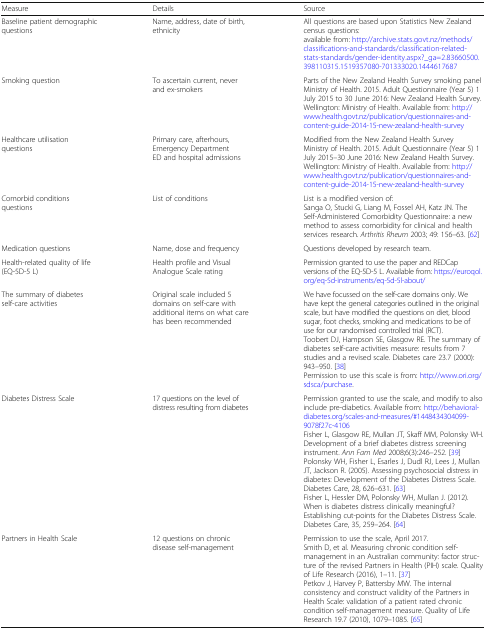
<table><thead><tr><td><b>Measure</b></td><td><b>Details</b></td><td><b>Source</b></td></tr></thead><tbody><tr><td>Baseline patient demographic questions</td><td>Name, address, date of birth, ethnicity</td><td>All questions are based upon Statistics New Zealand census questions:available from: http://archive.stats.govt.nz/methods/classifications-and-standards/classification-related-stats-standards/gender-identity.aspx?_ga=2.83660500.398110315.1519357080-701333020.1444617687</td></tr><tr><td>Smoking question</td><td>To ascertain current, never and ex-smokers</td><td>Parts of the New Zealand Health Survey smoking panelMinistry of Health. 2015. Adult Questionnaire (Year 5) 1 July 2015 to 30 June 2016: New Zealand Health Survey. Wellington: Ministry of Health. Available from: http://www.health.govt.nz/publication/questionnaires-and-content-guide-2014-15-new-zealand-health-survey</td></tr><tr><td>Healthcare utilisation questions</td><td>Primary care, afterhours, Emergency Department ED and hospital admissions</td><td>Modified from the New Zealand Health SurveyMinistry of Health. 2015. Adult Questionnaire (Year 5) 1 July 2015–30 June 2016: New Zealand Health Survey. Wellington: Ministry of Health. Available from: http://www.health.govt.nz/publication/questionnaires-and-content-guide-2014-15-new-zealand-health-survey</td></tr><tr><td>Comorbid conditions questions</td><td>List of conditions</td><td>List is a modified version of:Sanga O, Stucki G, Liang M, Fossel AH, Katz JN. The Self-Administered Comorbidity Questionnaire: a new method to assess comorbidity for clinical and health services research. <i>Arthritis Rheum</i> 2003; 49: 156–63. [62]</td></tr><tr><td>Medication questions</td><td>Name, dose and frequency</td><td>Questions developed by research team.</td></tr><tr><td>Health-related quality of life (EQ-5D-5 L)</td><td>Health profile and Visual Analogue Scale rating</td><td>Permission granted to use the paper and REDCap versions of the EQ-5D-5 L. Available from: https://euroqol.org/eq-5d-instruments/eq-5d-5l-about/</td></tr><tr><td>The summary of diabetes self-care activities</td><td>Original scale included 5 domains on self-care with additional items on what care has been recommended</td><td>We have focussed on the self-care domains only. We have kept the general categories outlined in the original scale, but have modified the questions on diet, blood sugar, foot checks, smoking and medications to be of use for our randomised controlled trial (RCT).Toobert DJ, Hampson SE, Glasgow RE. The summary of diabetes self-care activities measure: results from 7 studies and a revised scale. Diabetes care 23.7 (2000): 943–950. [38]Permission to use this scale is from: http://www.ori.org/sdsca/purchase.</td></tr><tr><td>Diabetes Distress Scale</td><td>17 questions on the level of distress resulting from diabetes</td><td>Permission granted to use the scale, and modify to also include pre-diabetics. Available from: http://behavioraldiabetes.org/scales-and-measures/#1448434304099-9078f27c-4106Fisher L, Glasgow RE, Mullan JT, Skaff MM, Polonsky WH. Development of a brief diabetes distress screening instrument. <i>Ann Fam Med</i> 2008;6(3):246–252. [39]Polonsky WH, Fisher L, Esarles J, Dudl RJ, Lees J, Mullan JT, Jackson R. (2005). Assessing psychosocial distress in diabetes: Development of the Diabetes Distress Scale. Diabetes Care, 28, 626–631. [63]Fisher L, Hessler DM, Polonsky WH, Mullan J. (2012). When is diabetes distress clinically meaningful? Establishing cut-points for the Diabetes Distress Scale. Diabetes Care, 35, 259–264. [64]</td></tr><tr><td>Partners in Health Scale</td><td>12 questions on chronic disease self-management</td><td>Permission to use the scale, April 2017.Smith D, et al. Measuring chronic condition self-management in an Australian community: factor structure of the revised Partners in Health (PIH) scale. Quality of Life Research (2016), 1–11. [37]Petkov J, Harvey P, Battersby MW. The internal consistency and construct validity of the Partners in Health Scale: validation of a patient rated chronic condition self-management measure. Quality of Life Research 19.7 (2010), 1079–1085. [65]</td></tr></tbody></table>